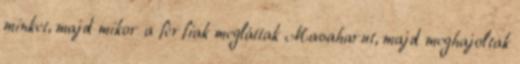
minket, majd mikor a férfiak megláttak Masaharut, majd meghajoltak